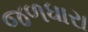
જળધારા